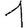
Digit: 1